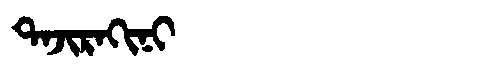
Manchu: ᡨᠠᠵᡳᡵᠠᡴᡳᠨᡳ
Romanization: TAJIRAKINI